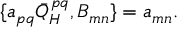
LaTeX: \{ a _ { p q } \bar { Q } _ { H } ^ { p q } , B _ { m n } \} = a _ { m n } .